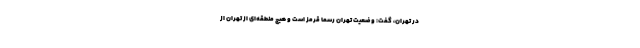
در تهران، گفت: وضعیت تهران رسما قرمز است و هیچ منطقه‌ای از تهران از